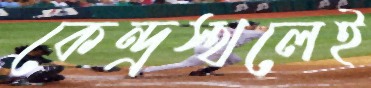
কেন্দ্রস্থলেই